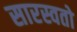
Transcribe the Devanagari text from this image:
सारस्वतो